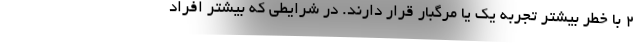
2 با خطر بیشتر تجربه یک یا مرگبار قرار دارند. در شرایطی که بیشتر افراد